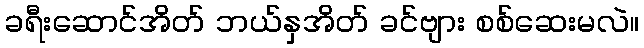
ခရီးဆောင်အိတ် ဘယ်နှအိတ် ခင်ဗျား စစ်ဆေးမလဲ။